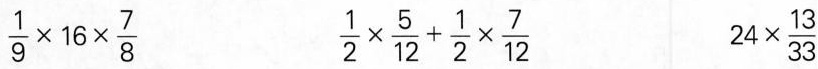
$$\frac { 1 } { 9 } \times 16 \times \frac { 7 } { 8 }$$ $$\frac { 1 } { 2 } \times \frac { 5 } { 1 2 } + \frac { 1 } { 2 } \times \frac { 7 } { 1 2 }$$ $$2 4 \times \frac { 1 3 } { 3 }$$